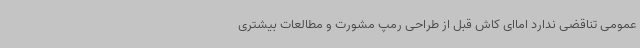
عمومی تناقضی ندارد اماای کاش قبل از طراحی رمپ مشورت و مطالعات بیشتری